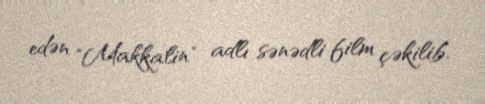
edən "Makkalin" adlı sənədli film çəkilib.